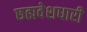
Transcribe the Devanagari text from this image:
छह्मवेशधारी